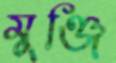
মুঞ্জি